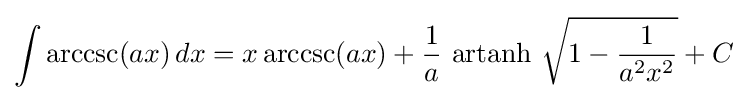
\int \operatorname {arccsc}(ax)\,dx=x\operatorname {arccsc}(ax)+{\frac {1}{a}}\,\operatorname {artanh} \,{\sqrt {1-{\frac {1}{a^{2}x^{2}}}}}+C